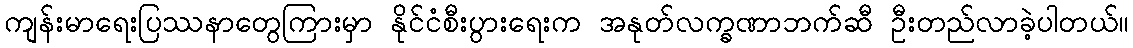
ကျန်းမာရေးပြဿနာတွေကြားမှာ နိုင်ငံစီးပွားရေးက အနုတ်လက္ခဏာဘက်ဆီ ဦးတည်လာခဲ့ပါတယ်။